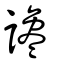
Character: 讒